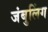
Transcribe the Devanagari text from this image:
जंबुलिंग